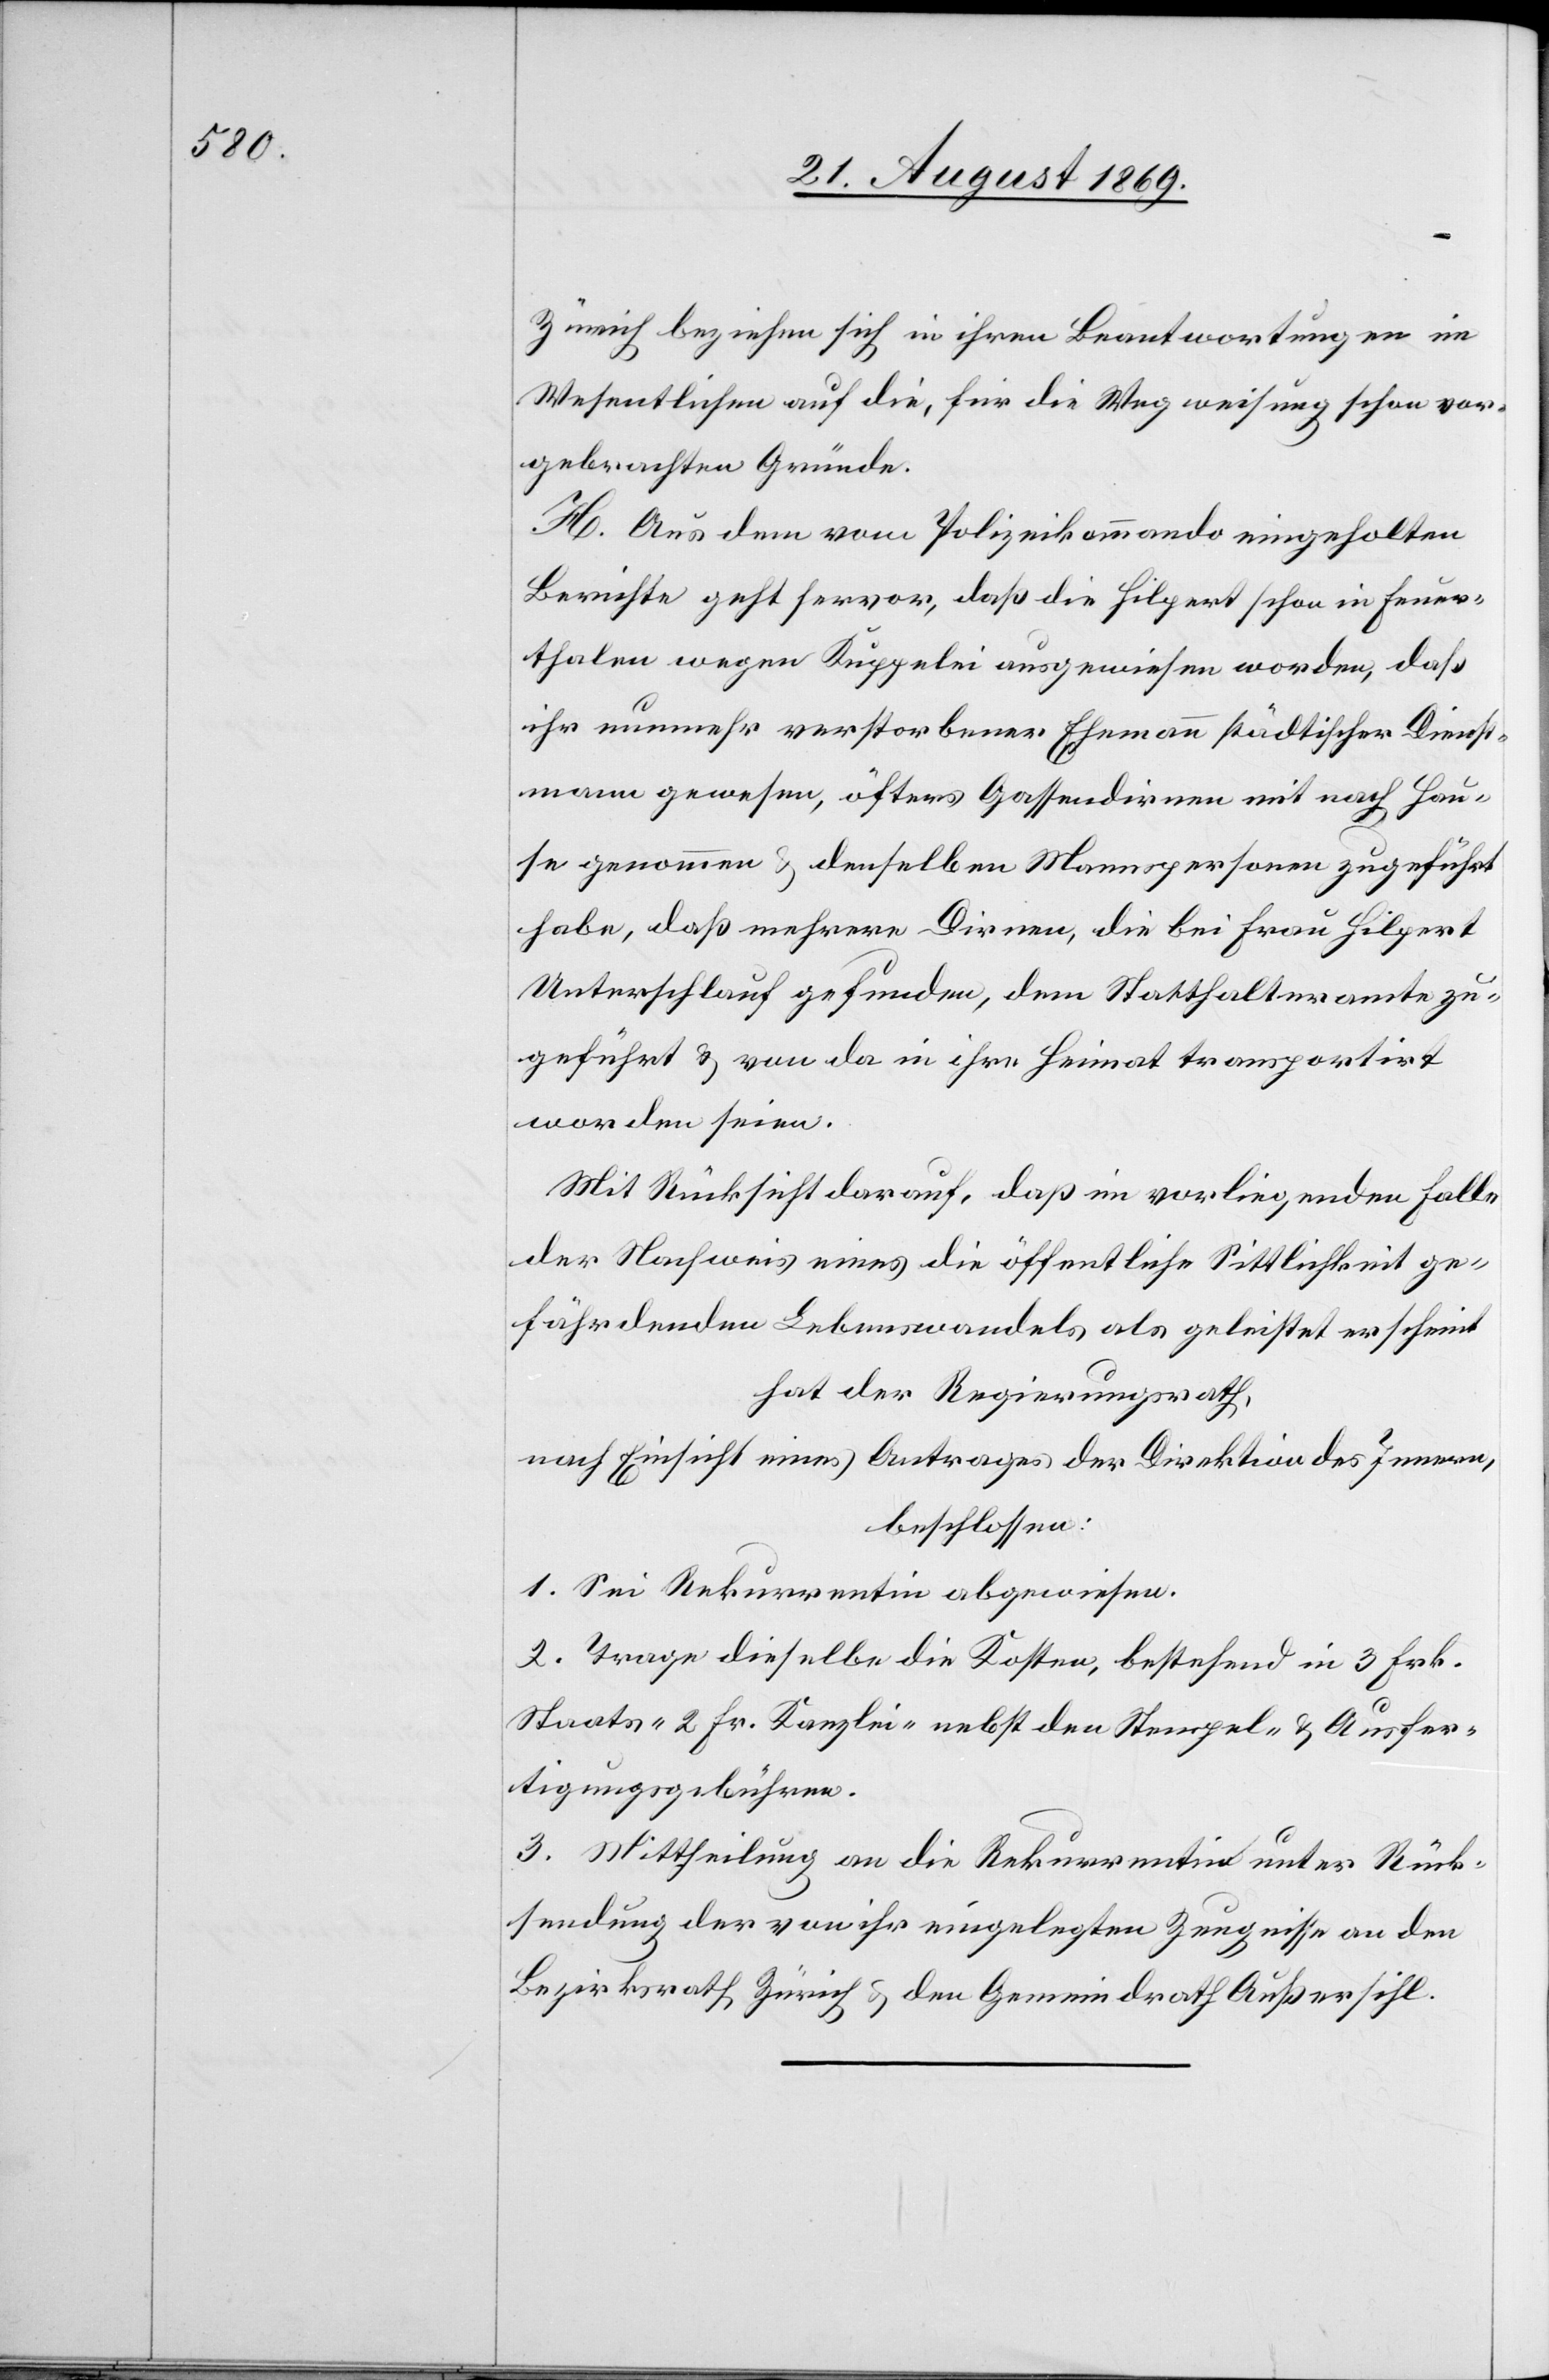
Zürich beziehen sich in ihren Beantwortungen im
Wesentlichen auf die, für die Wegweisung schon vor¬
gebrachten Gründe.
H. Aus dem vom Polizeikommando eingeholten
Berichte geht hervor, daß die Hilpert schon in Feuer¬
thalen wegen Kuppelei ausgewiesen worden, daß
ihr nunmehr verstorbener Ehemann städtischer Dienst¬
mann gewesen, öfters Gassendirnen mit nach Hau¬
se genommen & denselben Mannspersonen zugeführt
habe, daß mehrere Dirnen, die bei Frau Hilpert
Unterschlauf gefunden, dem Statthalteramte zu¬
geführt & von da in ihre Heimat transportirt
worden seien.
Mit Rücksicht darauf, daß im vorliegenden Falle
der Nachweis eines die öffentliche Sittlichkeit ge¬
fährdenden Lebenswandels als geleistet erscheint
hat der Regierungsrath,
nach Einsicht eines Antrages der Direktion des Innern,
beschlossen:
1. Sei Rekurrentin abgewiesen.
2. Trage dieselbe die Kosten, bestehend in 3 Frk.
Staats- 2 Fr. Kanzlei- nebst den Stempel- & Ausfer¬
tigungsgebühren.
3. Mittheilung an die Rekurrentin unter Rück¬
sendung der von ihr eingelegten Zeugnisse an den
Bezirksrath Zürich & den Gemeindrath Außersihl.